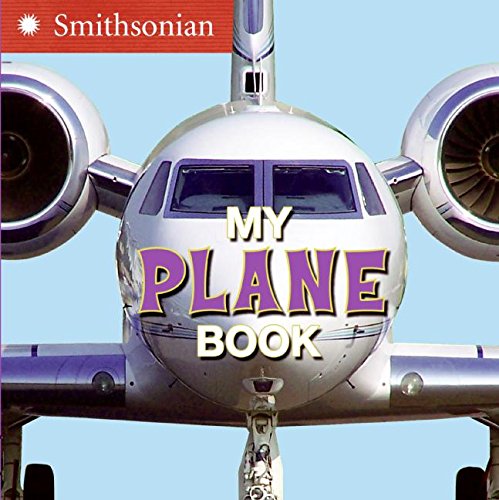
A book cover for My Plane Book (Smithsonian); Ellen Kirk; Children's Books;